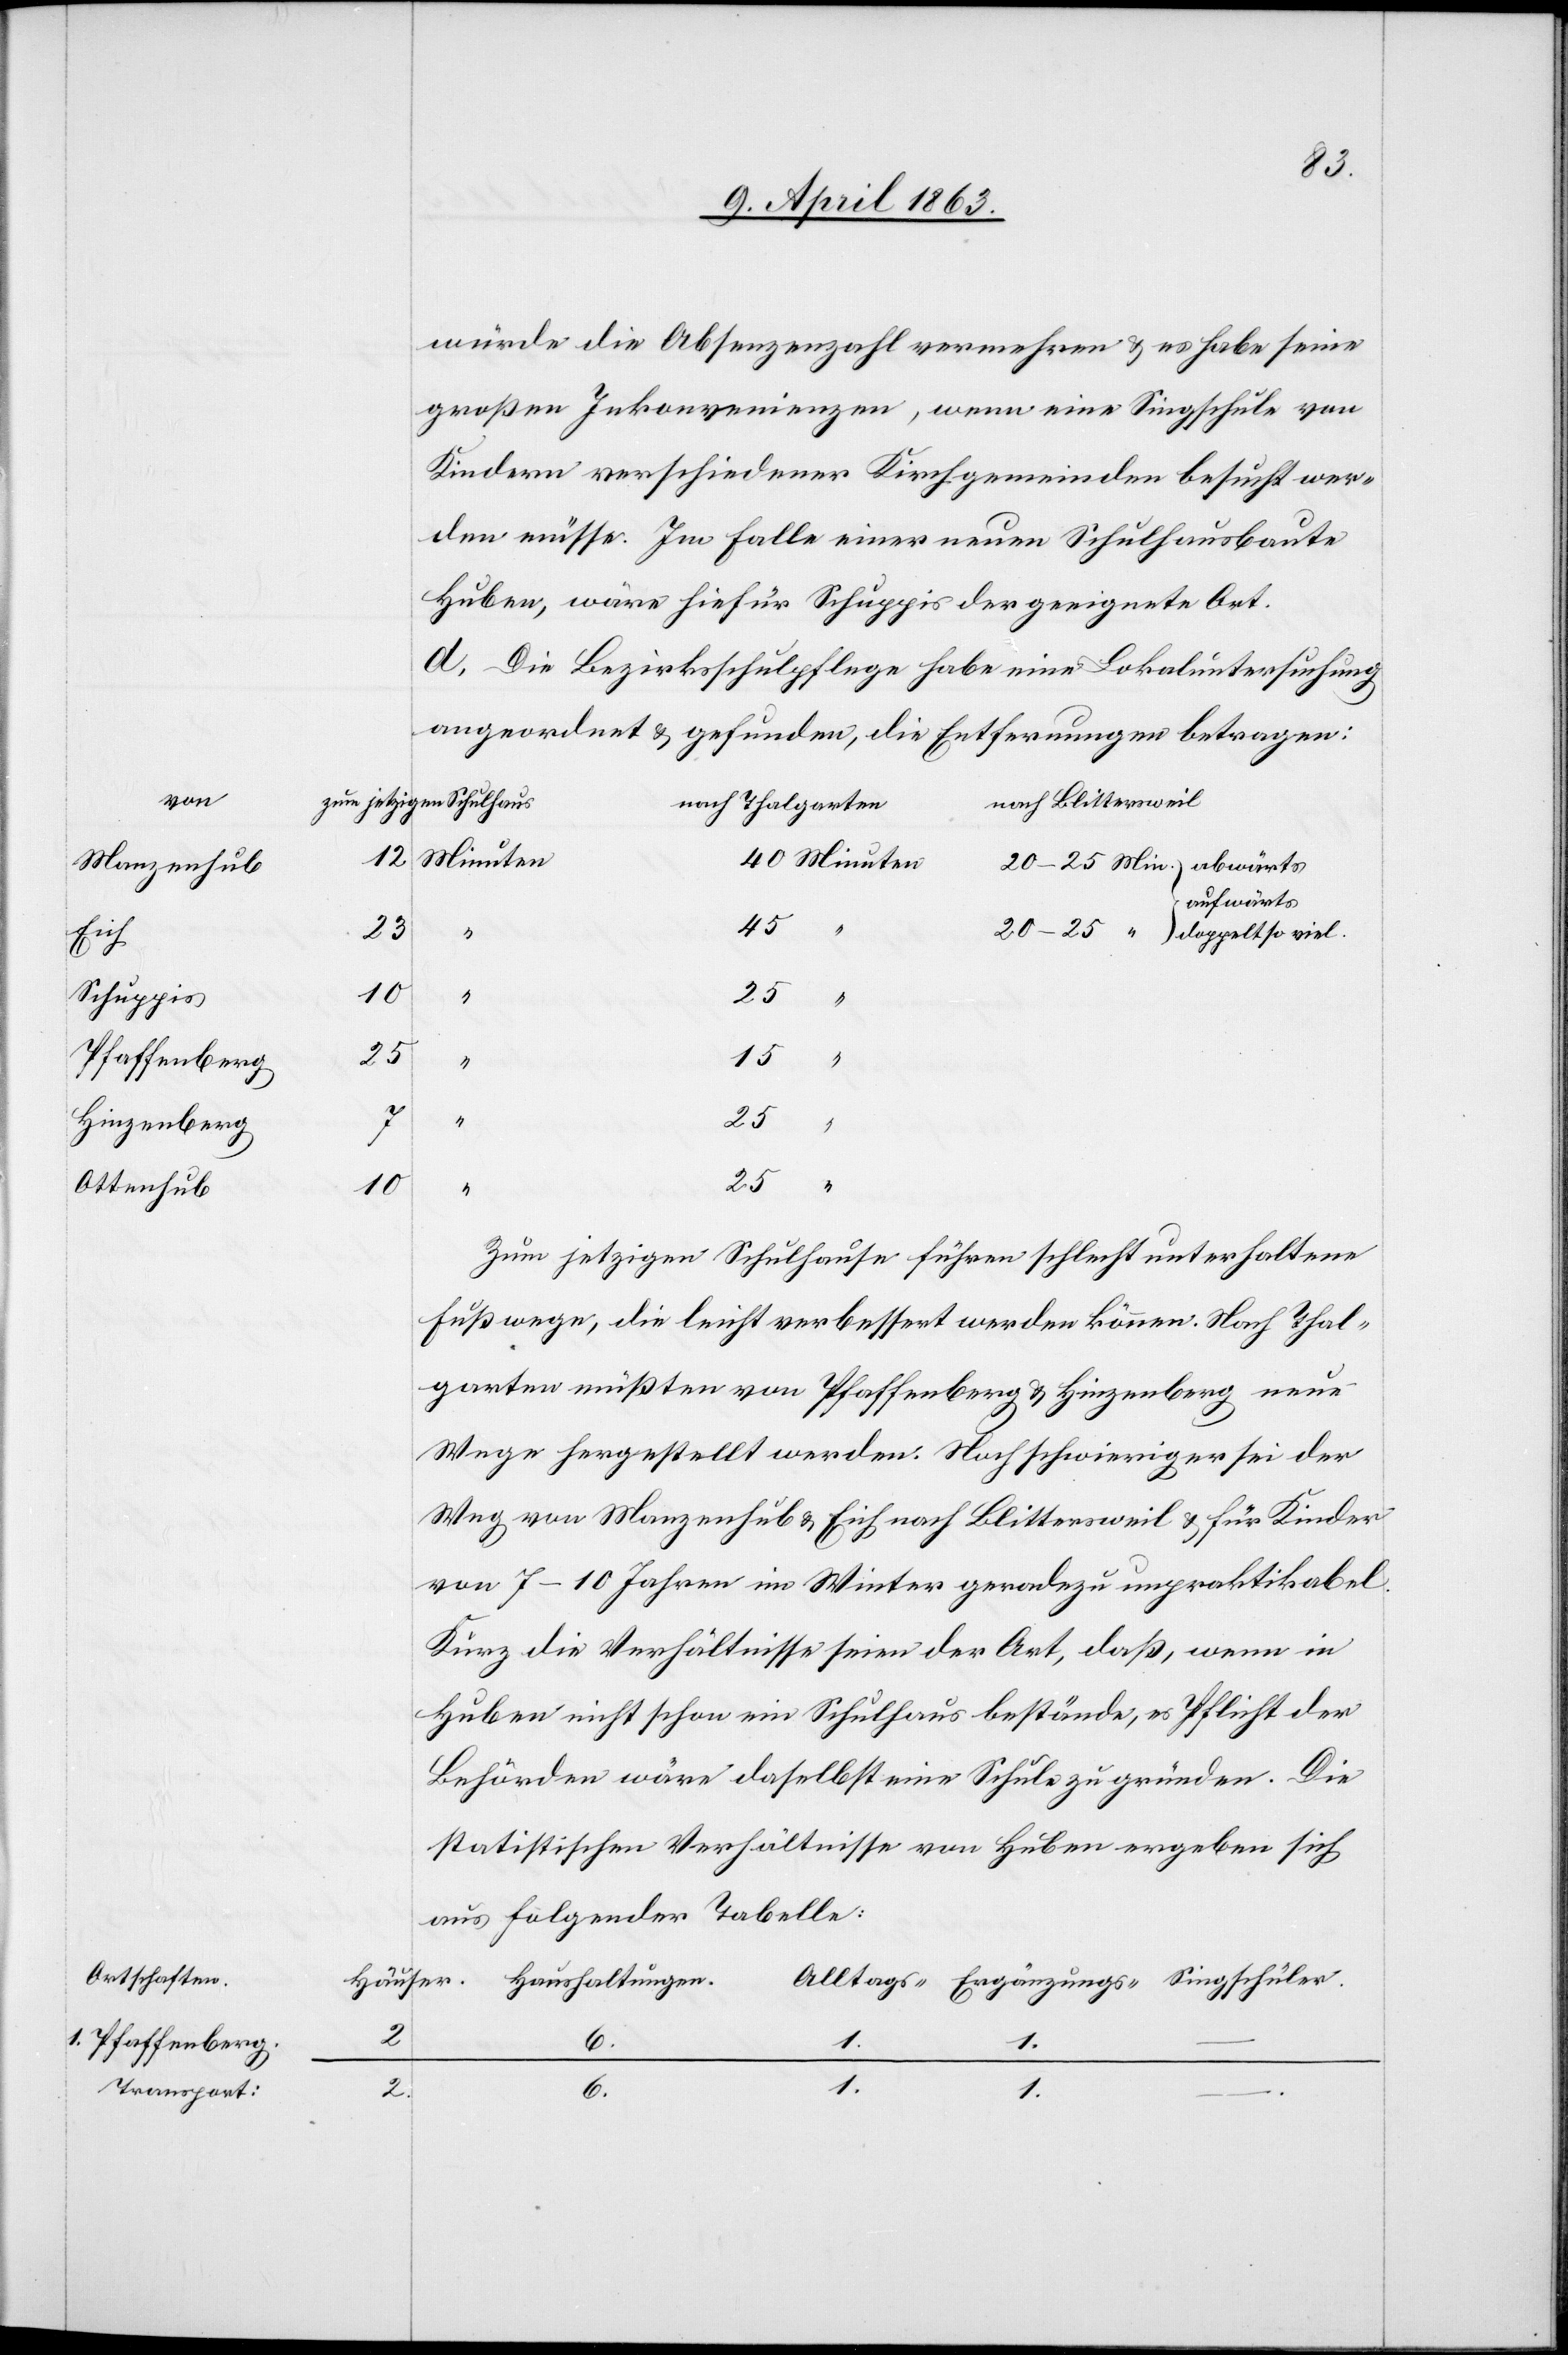
von
Manzenhub
Eich
Schuppis
Pfaffenberg
Hinzenberg
Ottenhub
Ortschaften.
1. Pfaffenberg.

würde die Absenzenzahl vermehren & es habe seine
großen Inkonvenienzen, wenn eine Singschule von
Kindern verschiedener Kirchgemeinden besucht wer¬
de müsse. Im Falle einer neuen Schulhausbaute
Huben, wäre hiefür Schuppis der geeignete Ort.
d) Die Bezirksschulpflege habe eine Lokaluntersuchung
angeordnet & gefunden, die Entfernungen betragen:
12
Minuten
aufwärts
“
45
10
2
25
25
15
Zum jetzigen Schulhause führen schlecht unterhaltene
Fußwege, die leicht verbessert werden können. Nach Thal¬
garten müßten von Pfaffenberg & Hinzenberg neue
Wege hergestellt werden. Noch schwieriger sei der
Weg von Manzenhub & Eich nach Blittersweil & für Kinder
von 7–10 Jahren im Winter geradezu unpraktikabel.
Kurz die Verhältnisse seien der Art, daß, wenn in
Huben nicht schon ein Schulhaus bestände, es Pflicht der
Behörden wäre daselbst eine Schule zu gründen. Die
statistischen Verhältnisse von Huben ergeben sich
aus folgender Tabelle:
6.
1.
1.